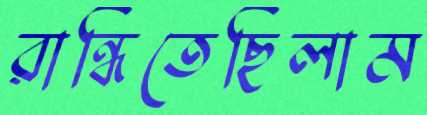
রান্ধিতেছিলাম